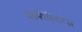
શશધરના